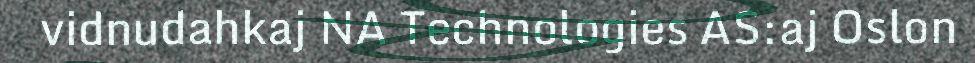
vidnudahkaj NA Technologies AS:aj Oslon